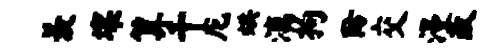
羡壤算千庀烘漓拘防交漫改